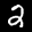
Label: 2